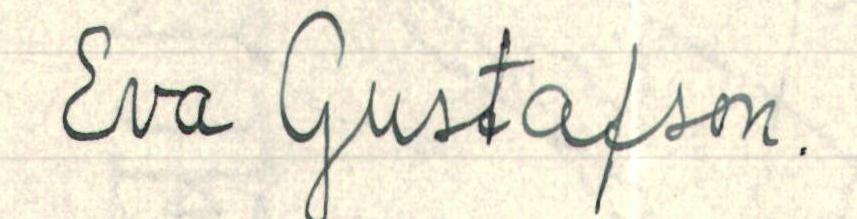
Eva Gustafson.